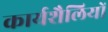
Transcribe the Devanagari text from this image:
कार्यशैलियों